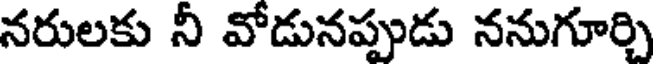
నరులకు నీ వోడునప్పుడు ననుగూర్చి